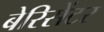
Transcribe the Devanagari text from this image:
बेरिसेंटर